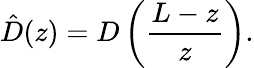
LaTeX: \hat{D}(z)=D\left(\frac{L-z}{z}\right).